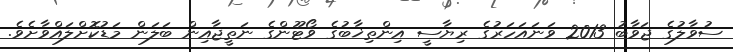
ސުވާލުގެ ޖަވާބު 2013 ވަނައަހަރުގެ ރިޔާސީ އިންތިޚާބުގެ ޥޯޓޫންގެ ނަތީޖާއިން ބަލަން މަޑުކޮށްލައްވާށެވެ.